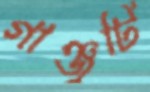
গাঞ্জুটি